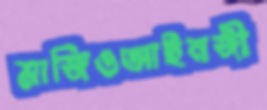
মাজিওআইনজী